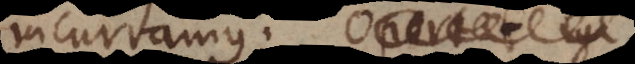
incurramus. Pleraeque